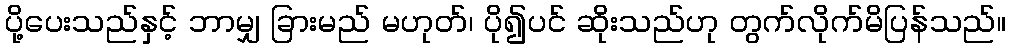
ပို့ပေးသည်နှင့် ဘာမျှ ခြားမည် မဟုတ်၊ ပို၍ပင် ဆိုးသည်ဟု တွက်လိုက်မိပြန်သည်။